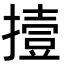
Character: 撎